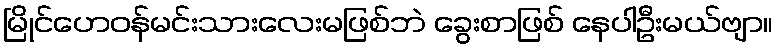
မြိုင်ဟေဝန်မင်းသားလေးမဖြစ်ဘဲ ခွေးစာဖြစ် နေပါဦးမယ်ဗျာ။